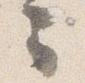
云